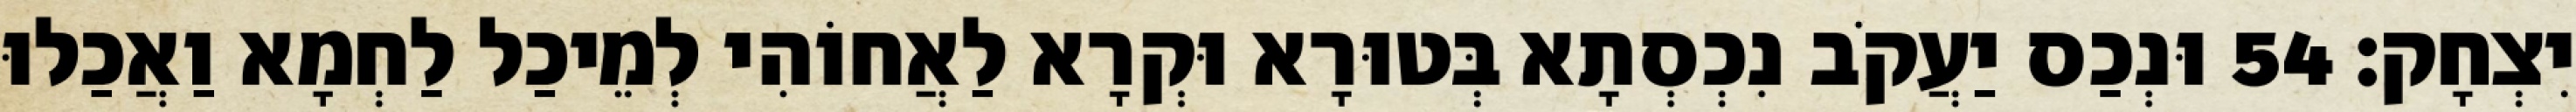
יִצְחָק׃ 54 וּנְכַס יַעֲקֹב נִכְסְתָא בְּטוּרָא וּקְרָא לַאֲחוֹהִי לְמֵיכַל לַחְמָא וַאֲכַלוּ